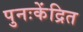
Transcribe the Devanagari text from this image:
पुनःकेंद्रित